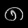
Digit: ၈